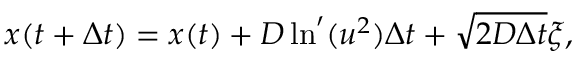
x ( t + \Delta t ) = x ( t ) + D \ln ^ { \prime } ( u ^ { 2 } ) \Delta t + \sqrt { 2 D \Delta t } \xi ,